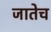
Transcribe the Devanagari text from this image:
जातेच